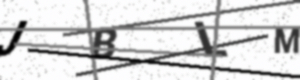
Text: JBLM